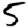
Digit: 5